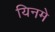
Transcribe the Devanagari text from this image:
यिनमे